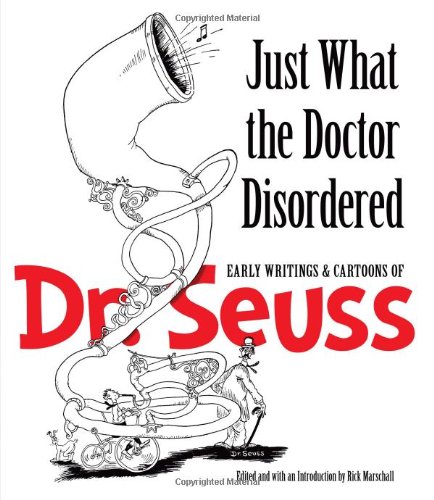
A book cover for Just What the Doctor Disordered: Early Writings and Cartoons of Dr. Seuss (Dover Fine Art, History of Art); Dr. Seuss; Humor & Entertainment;